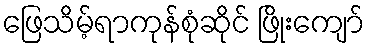
ဖြေသိမ့်ရာကုန်စုံဆိုင် ဖြိုးကျော်